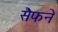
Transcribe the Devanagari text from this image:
सैफने